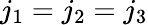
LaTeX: j_{1}=j_{2}=j_{3}